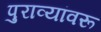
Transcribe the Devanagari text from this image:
पुराव्यांवरू